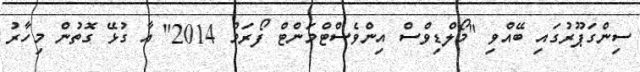
ސިންގަޕޫރުގައި ބޭއްވި "މޯލްޑިވްސް އިންވެސްޓްމަންޓް ފޯރަމް 2014" އާ ގުޅޭ ގޮތުން މިހާރު